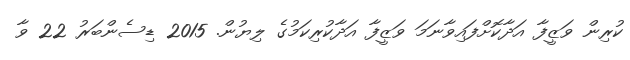
ކުރިން ވަޒީފާ އަދާކޮށްފައިވާނަމަ ވަޒީފާ އަދާކުރިކަމުގެ ލިޔުން. 2015 ޑިސެންބަރު 22 ވާ